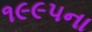
૧૯૯૫ના